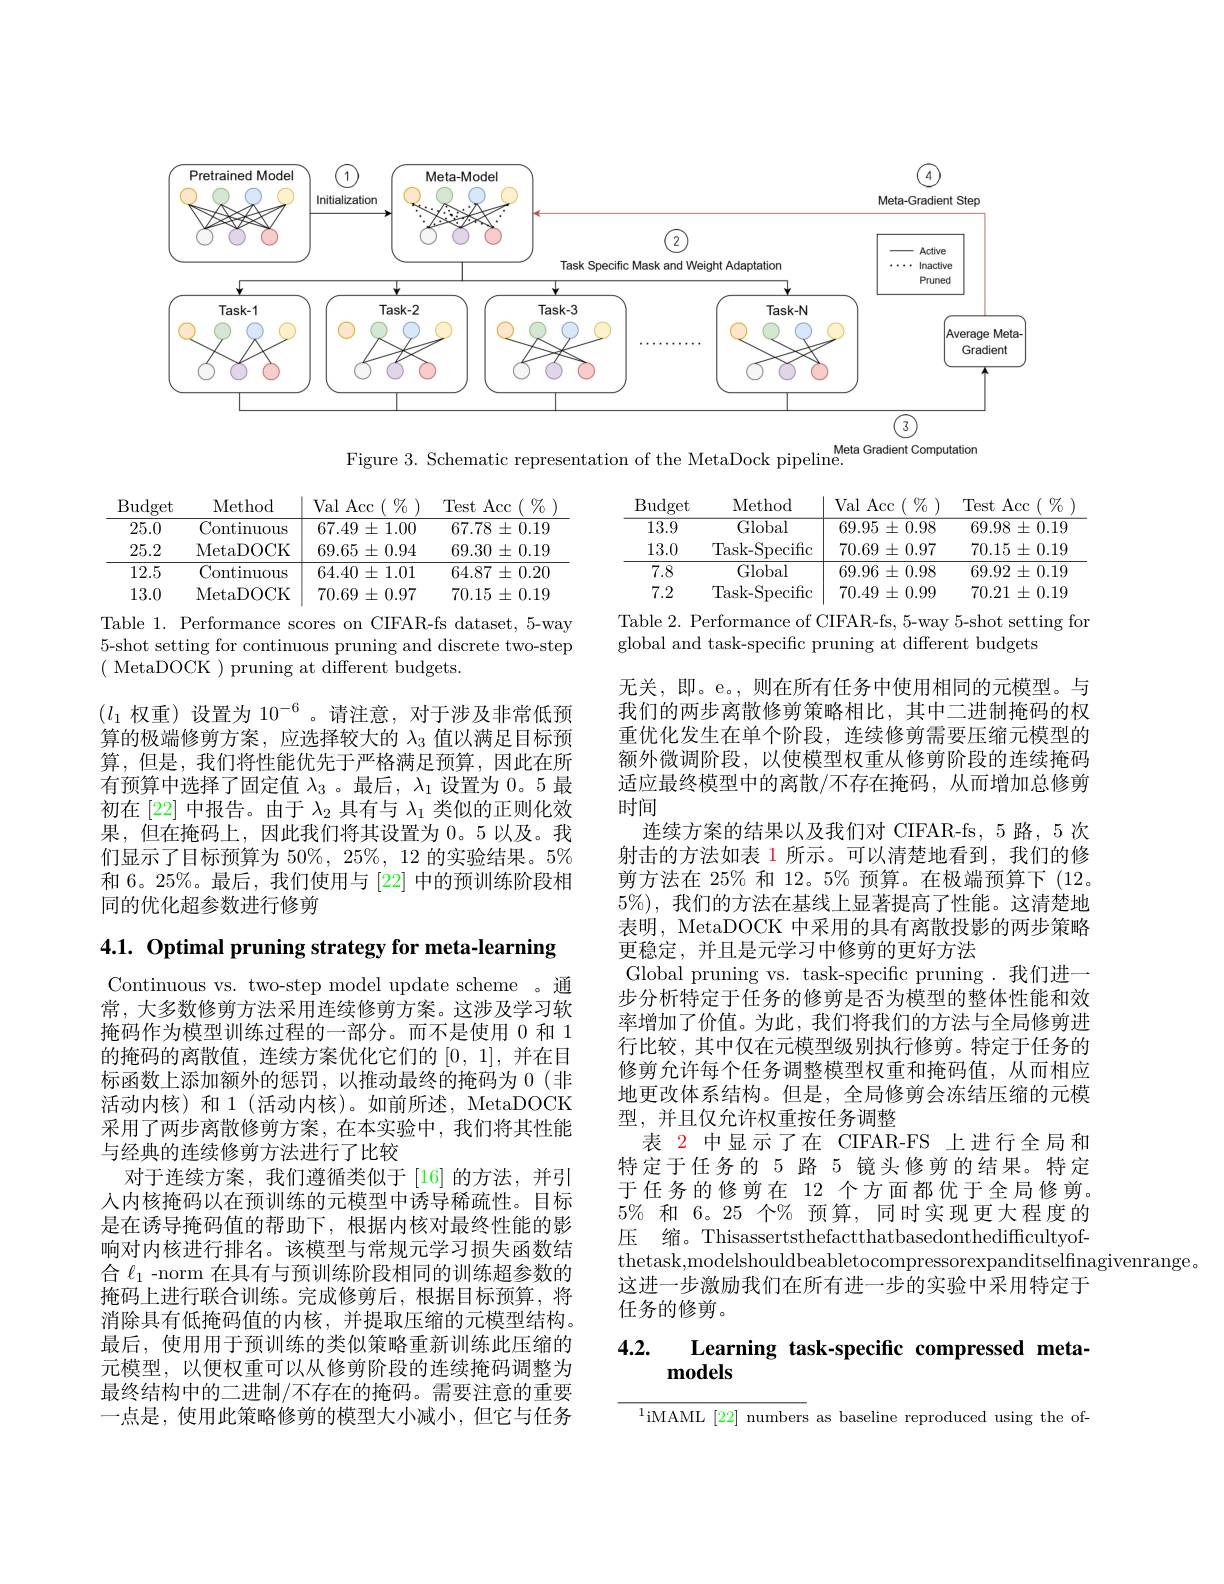
<FigureHere>

Figure 3. Schematic representation of the MetaDock pipeline.

<table>
	<tbody>
		<tr>
			<th>$\operatorname{Budget}$</th>
			<th>Method</th>
			<th>Val $\because$Acc $\%$ 1</th>
			<th>Test Acc $\%$</th>
		</tr>
		<tr>
			<td>13.9</td>
			<td>Global</td>
			<td>$69.95\pm0.98$</td>
			<td>69.98 $8\pm0.19$</td>
		</tr>
		<tr>
			<td>13.0</td>
			<td>Task- Specific</td>
			<td>70.69 $\pm0.97$ 1.</td>
			<td>$70.15\pm0.19$</td>
		</tr>
		<tr>
			<td>7.8</td>
			<td>Global</td>
			<td>$69.96\pm0.98$</td>
			<td>$69.92\pm0.19$</td>
		</tr>
		<tr>
			<td>7.2</td>
			<td>Task-Specific</td>
			<td>70.49 $9\pm0.99$ 1</td>
			<td>70.21 $\pm0.19$</td>
		</tr>
	</tbody>
</table>
Table 2. Performance of CIFAR-fs, 5-way 5-shot setting for

<table>
	<tbody>
		<tr>
			<th>$\operatorname{Budget}$</th>
			<th>Method</th>
			<th>Val Acc $\%$ </th>
			<th>Test t Acc $\%$ T</th>
		</tr>
		<tr>
			<td>25.0</td>
			<td>Continuous</td>
			<td>$67.49\pm1.00$</td>
			<td>$67.78\pm0.19$</td>
		</tr>
		<tr>
			<td>25.2</td>
			<td>MetaDOCK</td>
			<td>$69.65\pm0.94$</td>
			<td>69.30 $\pm0.19$</td>
		</tr>
		<tr>
			<td>12.5</td>
			<td>Continuous</td>
			<td>$64.40\pm1.01$</td>
			<td>$64.87\pm0.20$</td>
		</tr>
		<tr>
			<td>13.0</td>
			<td>MetaDOCK</td>
			<td>$70.69\pm0.97$</td>
			<td>70.15 $\pm0.19$ 1 </td>
		</tr>
	</tbody>
</table>

global and task-specific pruning at different budgets

Table 1. Performance scores on CIFAR-fs dataset, 5-way 5-shot setting for continuous pruning and discrete two-step ( MetaDOCK ) pruning at different budgets.

$(l_1$权重)设置为$10^{-6}$ 。请注意，对于涉及非常低预算的极端修剪方案，应选择较大的$\lambda_{3}$值以满足目标预算，但是，我们将性能优先于严格满足预算，因此在所有预算中选择了固定值$\lambda_3$ 。最后，$\lambda_1$设置为0。5 最初在 [22] 中报告。由于$\lambda_2$具有与$\lambda_1$类似的正则化效果，但在掩码上，因此我们将其设置为 0。5 以及。我们显示了目标预算为 50%, 25%, 12 的实验结果。5% 和 6。25%。最后，我们使用与[22]中的预训练阶段相同的优化超参数进行修剪

4.1. Optimal pruning strategy for meta-learning

无关，即。e。,则在所有任务中使用相同的元模型。与我们的两步离散修剪策略相比，其中二进制掩码的权重优化发生在单个阶段，连续修剪需要压缩元模型的额外微调阶段，以使模型权重从修剪阶段的连续掩码适应最终模型中的离散/不存在掩码，从而增加总修剪时间
连续方案的结果以及我们对 CIFAR-fs, 5 路，5 次射击的方法如表 1 所示。可以清楚地看到，我们的修剪方法在 25% 和 12。5% 预算。在极端预算下 (12。$5\%)$,我们的方法在基线上显著提高了性能。这清楚地表明，MetaDOCK 中采用的具有离散投影的两步策略更稳定，并且是元学习中修剪的更好方法
Global pruning vs. task-specific pruning. 我们进一步分析特定于任务的修剪是否为模型的整体性能和效率增加了价值。为此，我们将我们的方法与全局修剪进行比较，其中仅在元模型级别执行修剪。特定于任务的修剪允许每个任务调整模型权重和掩码值，从而相应地更改体系结构。但是，全局修剪会冻结压缩的元模型，并且仅允许权重按任务调整
表 2 中显示了在 CIFAR-FS 上进行全局和特定于任务的 5 路 5 镜头修剪的结果。特定于任务的修剪在 12 个方面都优于全局修剪。$5\%$和 6。25 个% 预算，同时实现更大程度的压 缩。Thisassertsthefactthatbasedonthedifficultyofthetask,modelshouldbeabletocompressorexpanditselfinagivenrange。
这进一步激励我们在所有进一步的实验中采用特定于
任务的修剪。

Continuous vs. two-step model update scheme 。通常，大多数修剪方法采用连续修剪方案。这涉及学习软掩码作为模型训练过程的一部分。而不是使用 0 和 1的掩码的离散值，连续方案优化它们的[0,1],并在目标函数上添加额外的惩罚，以推动最终的掩码为 0(非活动内核)和1(活动内核)。如前所述，MetaDOCK 采用了两步离散修剪方案，在本实验中，我们将其性能与经典的连续修剪方法进行了比较
对于连续方案，我们遵循类似于[16]的方法，并引人内核掩码以在预训练的元模型中诱导稀疏性。目标是在诱导掩码值的帮助下，根据内核对最终性能的影响对内核进行排名。该模型与常规元学习损失函数结合$\ell_{1}$ -norm 在具有与预训练阶段相同的训练超参数的掩码上进行联合训练。完成修剪后，根据目标预算，将消除具有低掩码值的内核，并提取压缩的元模型结构。最后，使用用于预训练的类似策略重新训练此压缩的元模型，以便权重可以从修剪阶段的连续掩码调整为最终结构中的二进制/不存在的掩码。需要注意的重要一点是，使用此策略修剪的模型大小减小，但它与任务

## 4.2. Learning task-specific compressed meta- ${\mathbf{models}}$

$^{1}$iMAML[22] numbers as baseline reproduced using the of-